Madras plague regulations in force outside the Presidency town - Volume 7
Disease focus: Plague
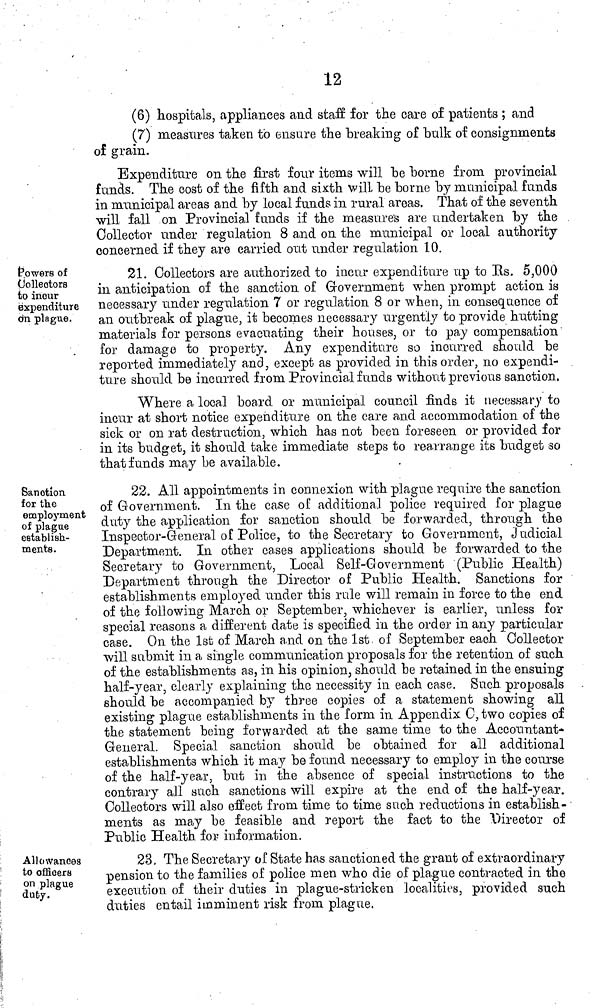
12
(6) hospitals, appliances and staff for the care of patients ; and
(7) measures taken to ensure the breaking of bulk of consignments
of grain.
Expenditure on the first four items will be borne from provincial
funds. The cost of the fifth and sixth will be borne by municipal funds
in municipal areas and by local funds in rural areas. That of the seventh
will fall on Provincial funds if the measure's are undertaken by the
Collector under regulation 8 and on the municipal or local authority
concerned if they are carried out under regulation 10.
towers of
Collectors
to incur
expenditure
on plague.
21. Collectors are authorized to incur expenditure up to Rs. 5,000
in anticipation of the sanction of Government when prompt action is
necessary under regulation 7 or regulation 8 or when, in consequence of
an outbreak of plague, it becomes necessary urgently to provide hutting
materials for persons evacuating their houses, or to pay compensation
for damage to property. Any expenditure so incurred should be
reported immediately and, except as provided in this order, no expendi-
ture should be incurred from Provincial funds without previous sanction.
Where a local board or municipal council finds it necessary to
incur at short notice expenditure on the care and accommodation of the
sick or on rat destruction, which has not been foreseen or provided for
in its budget, it should take immediate steps to rearrange its budget so
that funds may be available.
Sanction
for the
employment
of plague
establish-
ments.
22. All appointments in connexion with plague require the sanction
of Government. In the case of additional police required for plague
duty the application for sanction should be forwarded, through the
Inspector-General of Police, to the Secretary to Government, Judicial
Department. In other cases applications should be forwarded to the
Secretary to Government, Local Self-Government (Public Health)
Department through the Director of Public Health. Sanctions for
establishments employed under this rule will remain in force to the end
of the following March or September, whichever is earlier, unless for
special reasons a different date is specified in the order in any particular
case. On the 1st of March and on the 1st of September each Collector
will submit in a single communication proposals for the retention of such
of the establishments as, in his opinion, should be retained in the ensuing
half-year, clearly explaining the necessity in each case. Such proposals
should be accompanied by three copies of a statement showing all
existing plague establishments in the form in Appendix C, two copies of
the statement being forwarded at the same time to the Accountant-
General. Special sanction should be obtained for all additional
establishments which it may be found necessary to employ in the course
of the half-year, but in the absence of special instructions to the
contrary all such sanctions will expire at the end of the half-year.
Collectors will also effect from time to time such reductions in establish-
ments as may be feasible and report the fact to the Director of
Public Health for information.
Allowances
to officers
on plague
duty.
23, The Secretary of State has sanctioned the grant of extraordinai'y
pension to the families of police men who die of plague contracted in the
execution of their duties in plague-stricken localities, provided such
duties entail imminent risk from plague.